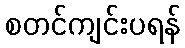
စတင်ကျင်းပရန်